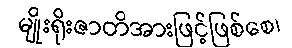
မျိုးရိုးဇာတိအားဖြင့်ဖြစ်စေ၊